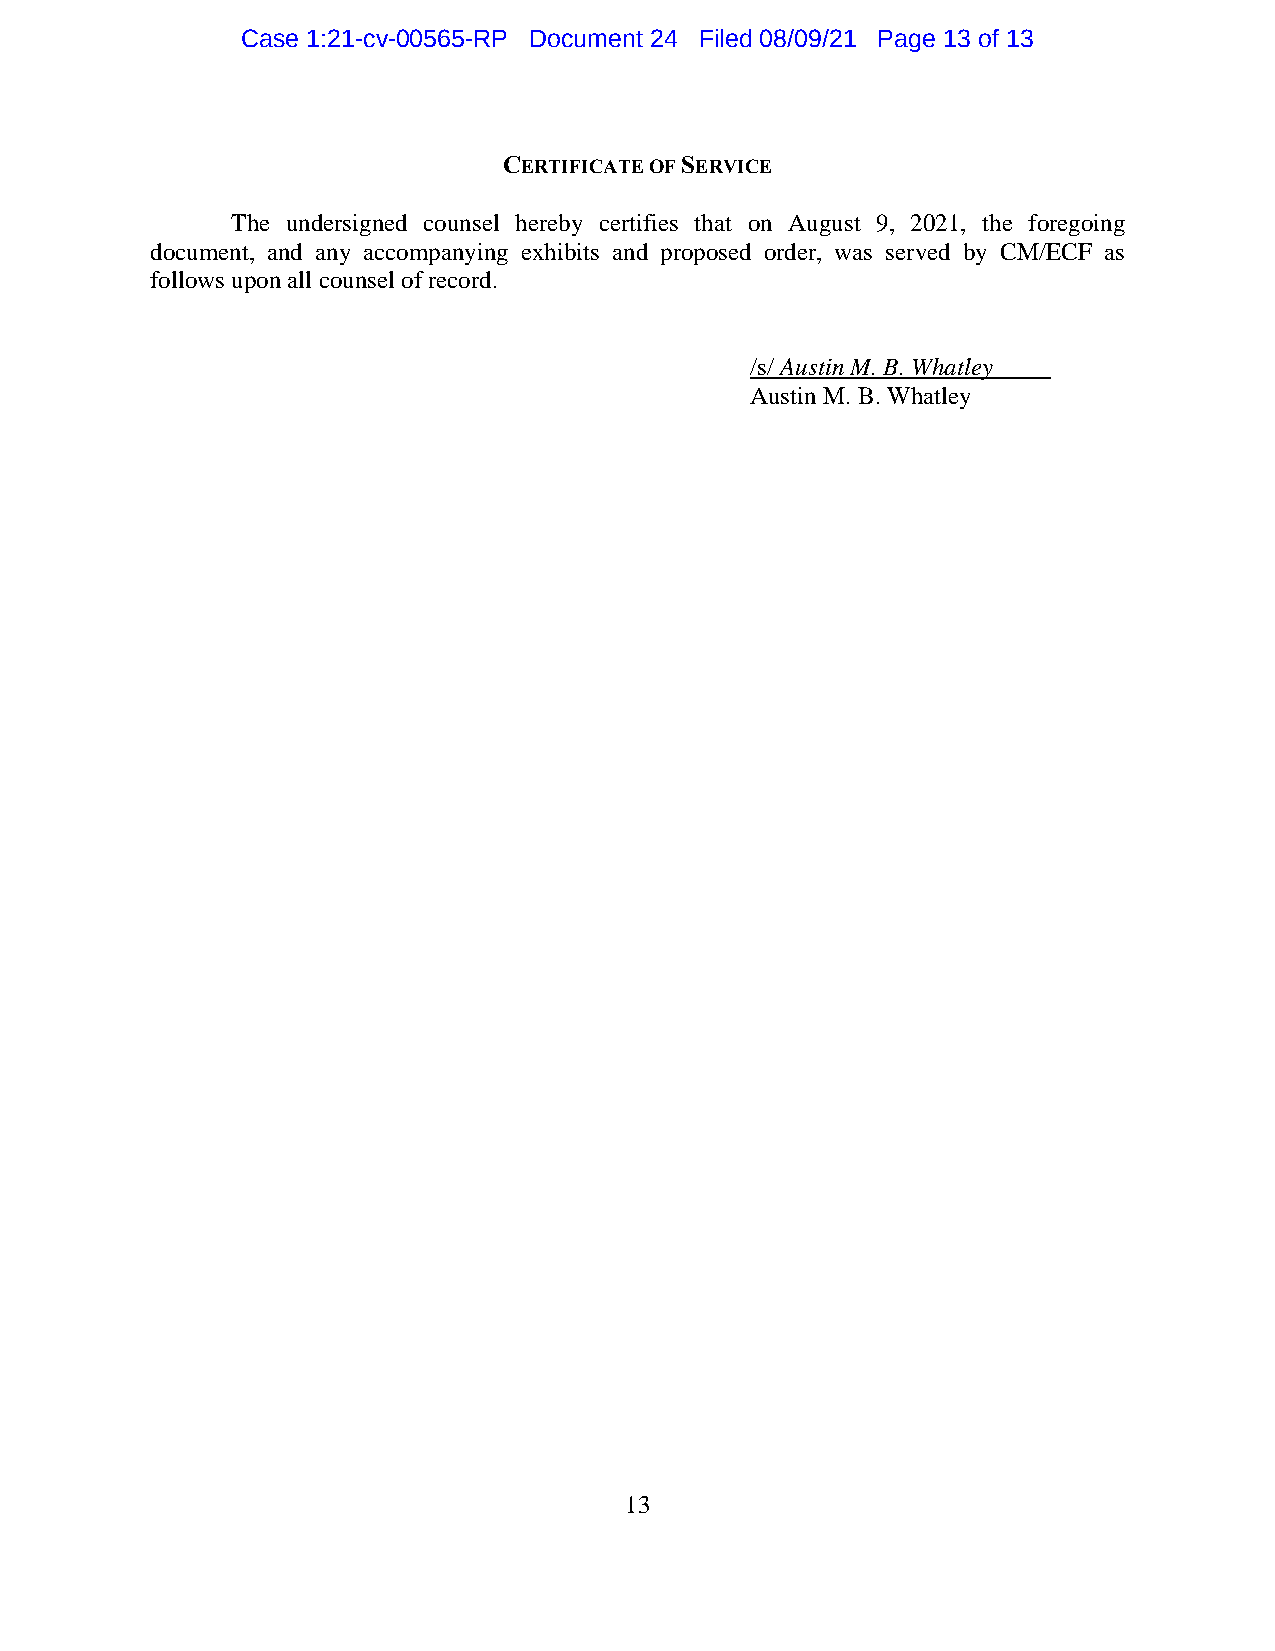
Case 1:21-cv-00565-RP Document 24 Filed 08/09/21 Page 13 of 13
 CERTIFICATE OF SERVICE
 The undersigned counsel hereby certifies that on August 9, 2021, the foregoing
 document, and any accompanying exhibits and proposed order, was served by CM/ECF as
 follows upon all counsel of record.
 /s/ Austin M. B. Whatley
 Austin M. B. Whatley
 13